Report on sanitation, dispensaries, and jails in Rajputana for 1914, and on vaccination for the year 1914-1915 - 1914-1915
Year: 1914
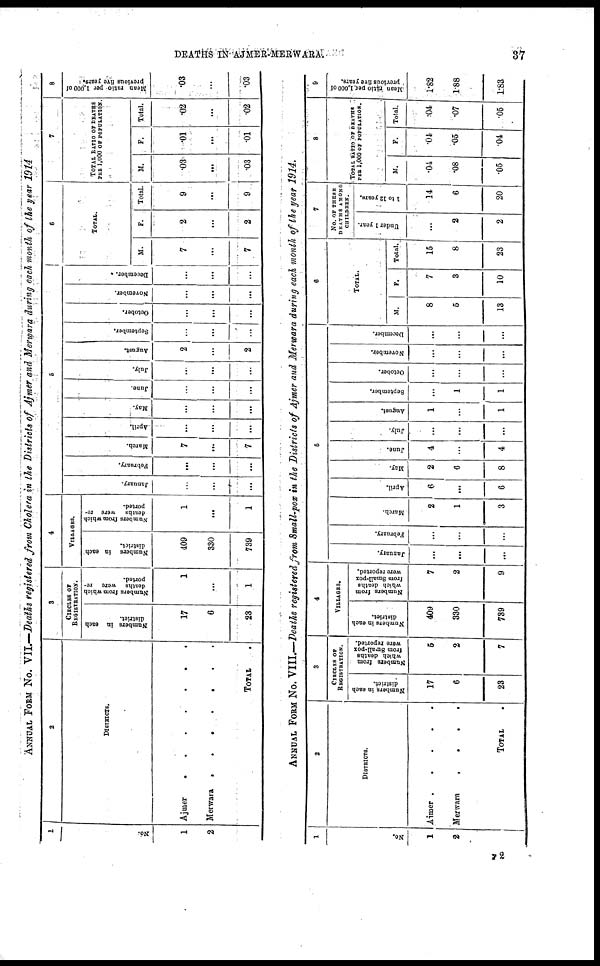
DEATHS IN AJMER-MERWARA.
37
ANNUAL FORM No. VII.—Deaths registered from Cholera in the Districts of Ajmer and Merwara during each month of the year 1914
1
No.
1
2
2
DISTRICTS.
Ajmer . . . .
Merwara
.
.
.
.
TOTAL .
3
CIRCLES OF
REGISTRATION
Numbers in each
district.
17
6
23
Numbers from which
deaths were re-
ported.
1
...
1
4
VILLAGES.
Numbers in each
district.
409
330
739
Numbers from which
deaths were re-
ported.
1
...
1
5
January.
...
...
...
February.
...
...
...
March.
7
...
7
April.
...
...
...
May.
...
...
...
June.
...
...
...
July.
...
...
...
August.
2
...
2
September.
...
...
...
October.
...
...
...
November.
...
...
...
December.
...
...
...
6
TOTAL.
M.
7
...
7
F.
2
...
2
Total.
9
...
9
7
TOTAL RATION OF DEATHS
PER 1,000 OF POPULATION.
M.
.03
...
.03
F.
.01
...
.01
Total.
.02
...
.02
8
Mean ratio per 1,000 of
previous five years.
.03
...
.03
ANNUAL FORM No. VIII.—Deaths registered from Small-pox in the Districts of Ajmer and Merwara during each month of the year 1914.
1
No.
1
2
2
DISTRICTS.
Ajmer
.
.
.
.
Merwara
.
.
.
.
TOTAL .
3
CIECLES OF
REGISTRATION.
Numbers in each
district.
17
6
23
Numbers from
which deaths
from Small-pox
were reported.
5
2
7
4
VILLAGES.
Numbers in each
district.
409
330
739
Numbers from
which deaths
from Small-pox
were reported.
7
2
9
5
January.
...
...
...
February.
...
...
...
March.
2
1
3
April.
6
...
6
May.
2
6
8
June.
4
...
4
July.
...
...
...
August.
1
...
1
September.
...
1
1
October.
...
...
...
November.
...
...
...
December.
...
...
...
6
TOTAL.
M.
8
5
13
F.
7
3
10
Total.
15
8
23
7
NO. OF THESE
DEATHS AMONG
CHILDREN.
Under 1 year.
...
2
2
1 to 12 years.
14
6
20
8
TOTAL RATIO OF DEATHS
PER 1,000 OF POPULATION.
M.
.04
.08
.05
F.
.04
.05
.04
Total.
.04
.07
.05
9
Mean ratio per. 1,000 of
previous five years.
1.82
1.88
1.83
72